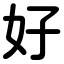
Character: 好